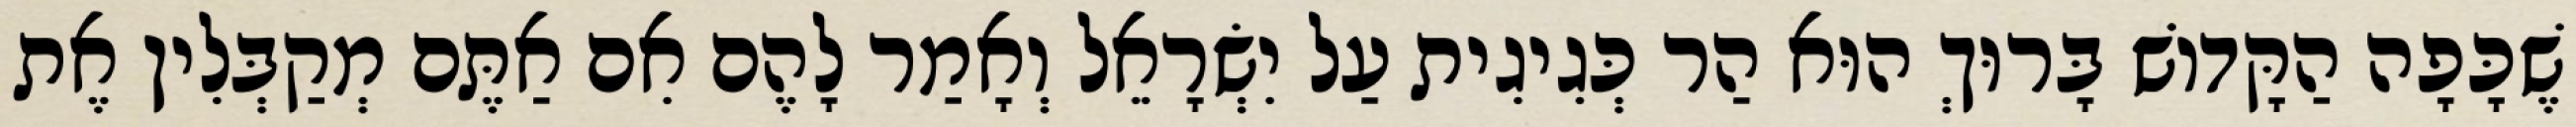
שֶׁכָּפָה הַקָּדוֹשׁ בָּרוּךְ הוּא הַר כְּגִיגִית עַל יִשְׂרָאֵל וְאָמַר לָהֶם אִם אַתֶּם מְקַבְּלִין אֶת